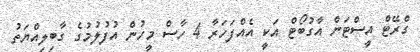
ގްރޭޓް އީސްޓަން އާގުބޯޓް އަކީ އެއްފަހަރާ 4 ހާސް މީހުން އުފުލުމުގެ ގާބިލިއްޔަތު